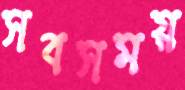
সবসময়